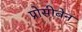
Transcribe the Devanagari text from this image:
प्रोसीबेन